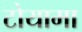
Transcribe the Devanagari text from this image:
टोयामा